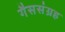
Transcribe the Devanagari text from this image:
गैससंग्रह